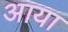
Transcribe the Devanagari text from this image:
अाया